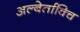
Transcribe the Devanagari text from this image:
अल्बेर्ताविच